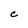
Character: C